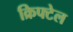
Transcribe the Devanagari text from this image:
क्रिफ्टेल